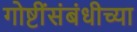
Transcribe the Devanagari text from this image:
गोष्टींसंबंधीच्या